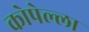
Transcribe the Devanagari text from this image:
कोपेल्ला